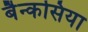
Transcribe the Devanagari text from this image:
बैन्कसिया